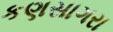
કણસાગરા